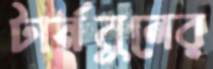
টার্নবুলের